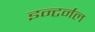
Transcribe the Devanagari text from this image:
इन्टर्नल